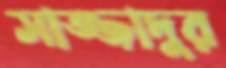
সাজ্জাদুর